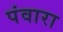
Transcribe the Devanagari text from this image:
पंवारा